Paatsalu_vallavalitsus, lk 24
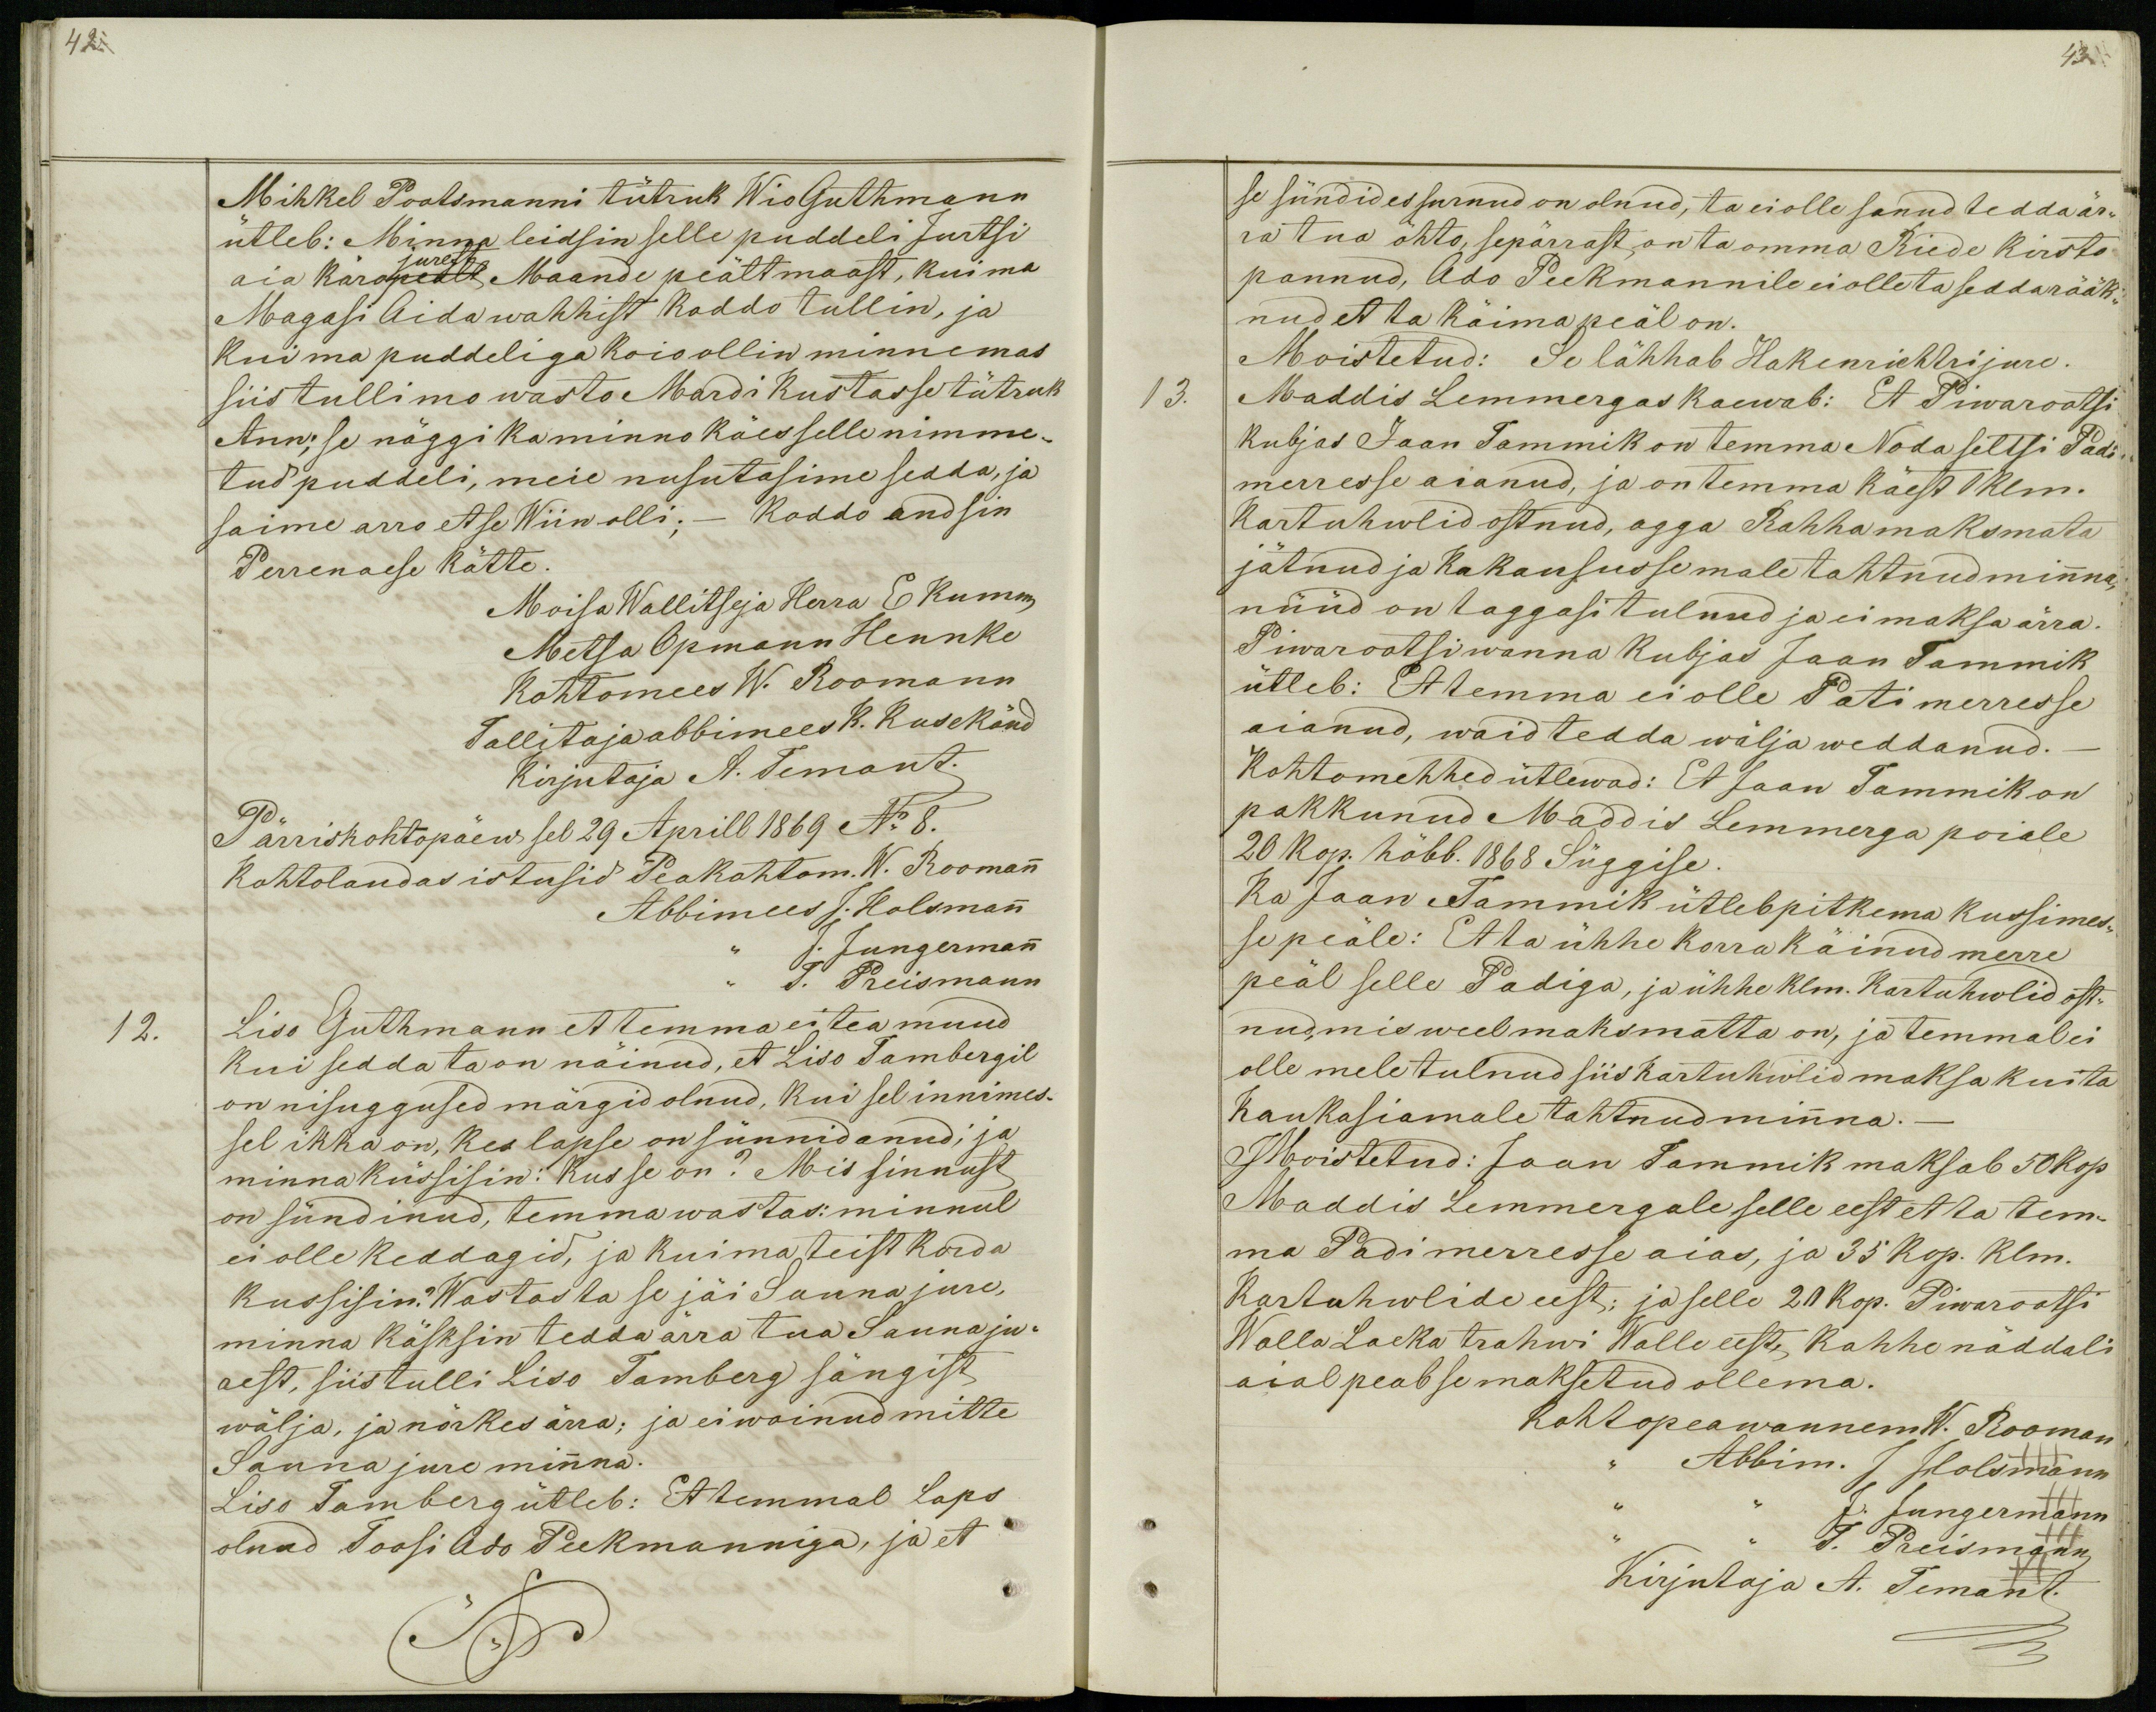
42

Mihkel Pootsmanni tütruk Wio Guthmann
ütleb: Minna leidsin selle puddeli Jurtsi
jurest
aia käro pealt Maande peält maast, kui ma
Magasi Aida wahhist koddo tullin, ja
kui ma puddeliga koio ollin minnemas
siis tulli mo wasto Mardi Kustasse tütruk
Ann; se näggi ka minno käes selle nimme-
tud puddeli, meie nusutasime sedda, ja
saime arro et se Wiin olli; - Koddo andsin
Perrenaese kätte.
Moisa Wallitseja Herra E Kumm
Metsa Opmann Hennke
Kohtomees W. Roomann
Tallitaja abbimees K. Kusekänd
Kirjutaja A. Temant.
Pärriskohtopäew sel 29 Aprill 1869 No 8.
Kohtolaudas istusid Peakohtom. W. Roomann
Abbimees J. Holsmann
J. Jungermann
J. Preismann
Liso Guthmann et temma ei tea muud
kui sedda ta on näinud, et Liso Tambergil
on nisuggused märgid olnud, kui sel innimes-
sel ikka on, kes lapse on sünnidanud; ja
minna küssisin: kus se on? Mis sinnust
on sündinud, temma wastas: minnul
ei olle keddagid, ja kui ma teist korda
kussisin? Wastas ta se jäi Sauna jure,
minna käsksin tedda ärra tua Sanna ju-
rest, siis tulli Liso Tamberg sängist
wälja, ja nõrkes ärra; ja ei woinud mitte
Sauna jure minna.
Liso Tamberg ütleb: Et temmal Laps
olnud Toosi Ado Peekmanniga, ja et

43.
se sündides surnud on olnud, ta ei olle sanud tedda är-
ra tua õhto, sepärrast on ta omma Riede kirsto
pannud, Ado Peekmannile ei olle ta sedda rääk-
nud et ta käima peäl on.
Moistetud: Se lähhab Hakenrichtri jure.
13.
Maddis Lemmergas kaewab: Et Piwarootsi
kubjas Jaan Tammik on temma Noda seltsi Padi-
merresse aianud, ja on temma käest1 klm.
kartuhwlid ostnud, agga Rahha maksmata
jätnud ja Kakaususse male tahtnud minna,
nüüd on taggasi tulnud ja ei maksa ärra.
Piwarootsi wanna Kubjas Jaan Tammik
ütleb: Et temma ei olle Pati merresse
aianud, waid tedda wälja weddanud._
Kohtomehhed ütlewad: Et Jaan Tammik on
pakkunud Maddis Lemmerga poiale
20 kop. hõbb. 1868 Süggise.
Ka Jaan Tammik ütleb pitkema kussimes-
se peäle: Et ta ühhe korra käinud merre
peäl selle Padiga, ja ühhe klm. Kartuhwlid ost-
nud, mis weel maksmatta on, ja temmal ei
olle mele tulnud siis kartuhwlid maksa kui ta
Kaukasiamale tahtnud minna.-
Moistetud: Jaan Tammik maksab 50 kop
Maddis Lemmergale selle eest et ta tem-
ma Padi merresse aias, ja 35 kop. klm.
Kartuhwlide eest: ja selle 20 kop. Piwarootsi
Walla Laeka trahwi Walle eest, kahhe näddali
aial peab se maksetud ollema.
Kohtopeawannem W. Rooman
Abbim. J Holsmann
J. Jungermann
T. Preismann
Kirjutaja A. Temant

12.